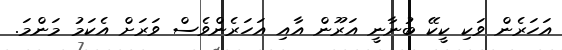
އަހަރެން ވަކި ކީކޭ ބުނާނީ އަރޫން އާއި އަހަރެންވެސް ވަރަށް އެކަމު މަންމަ.